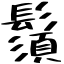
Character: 鬚